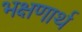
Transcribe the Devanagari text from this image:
भक्षणार्थ